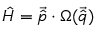
\hat { H } = \vec { \hat { p } } \cdot \Omega ( \vec { \hat { q } } )